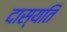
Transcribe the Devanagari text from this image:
दास्यति